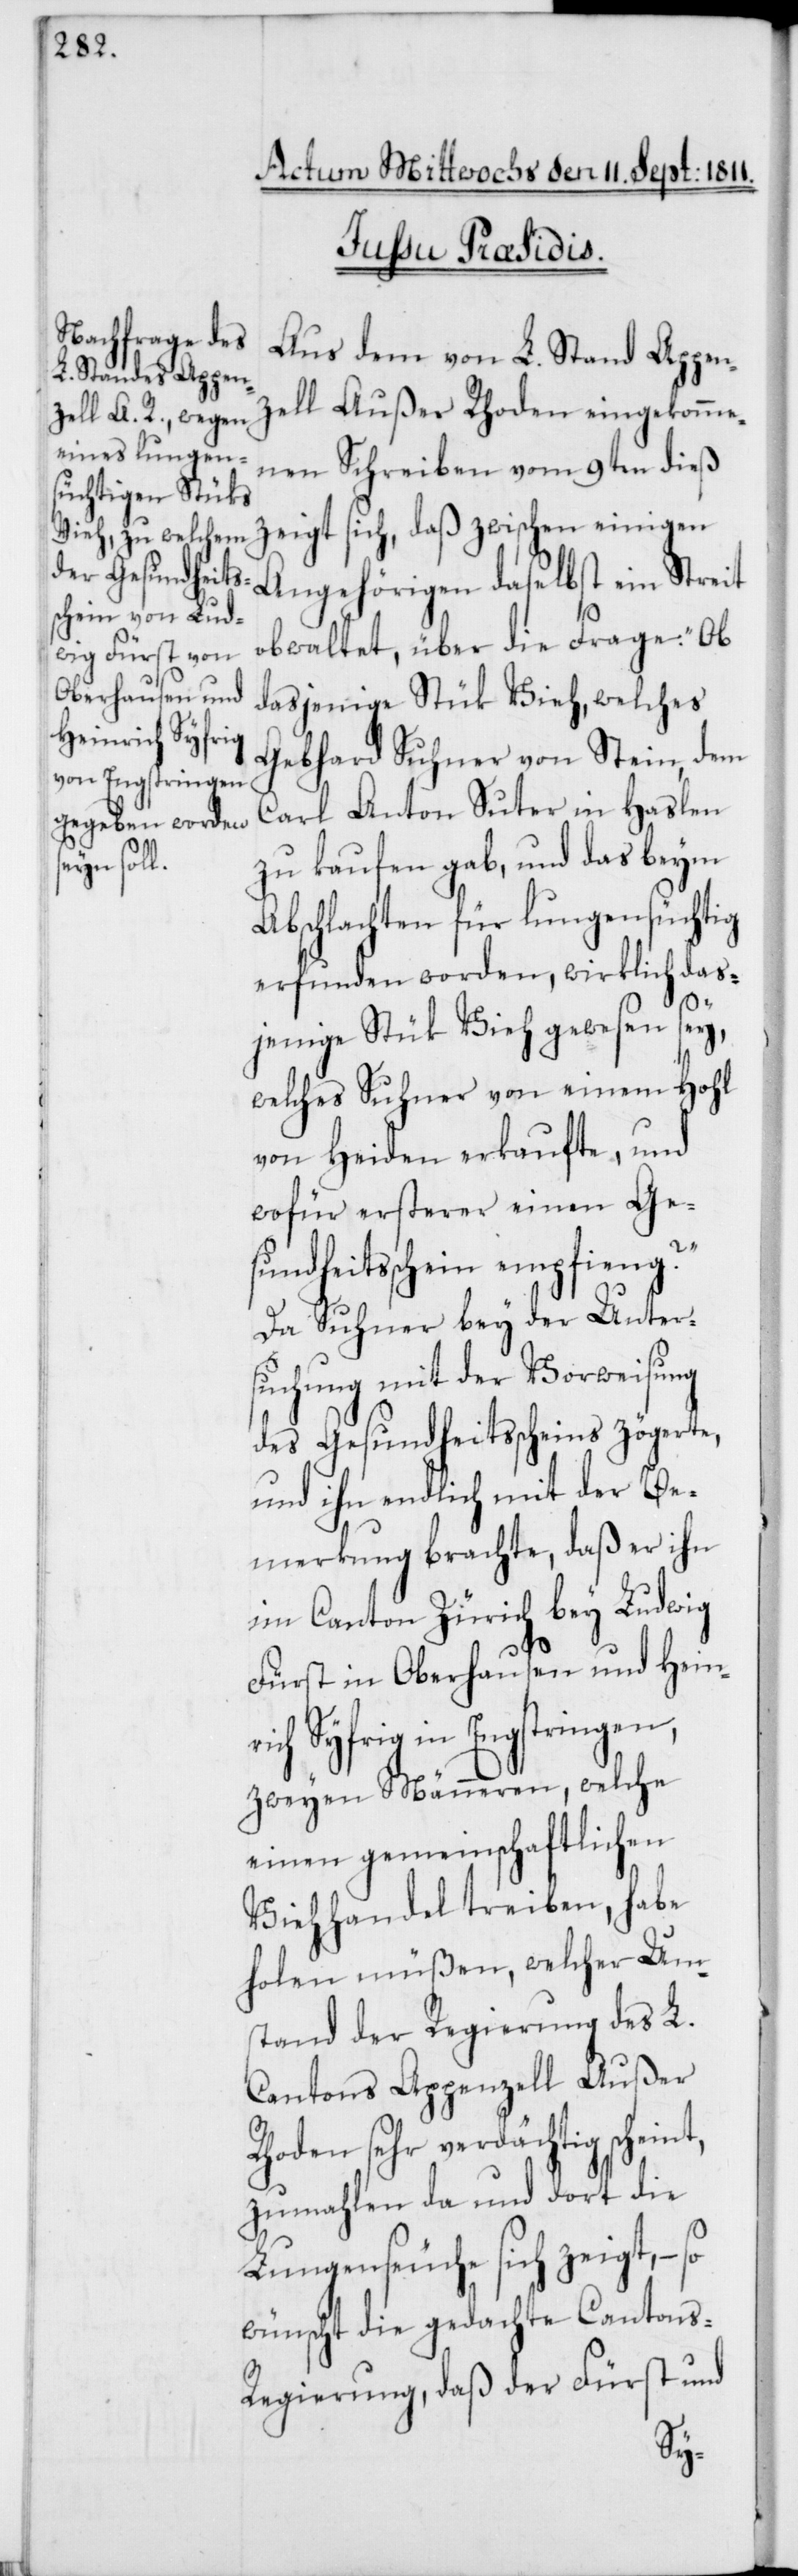
Actum Mittwochs den 11. Sept: 1811.
Iussu Præsidis.
Aus dem von L. Stand Appenz¬
ell Außer Rhoden eingekomme¬
nen Schreiben vom 9ten dieß
zeigt sich, daß zwischen einigen
Angehörigen daselbst ein Streit
obwaltet, über die Frage: „Ob
dasjenige Stük Vieh, welches
Gebhard Suhner von Stein, dem
Carl Anton Suter in Haslen
zu kaufen gab, und das beym
Abschlachten für lungensüchtig
erfunden worden, wirklich das¬
jenige Stük Vieh gewesen sey,
welches Suhner von einem Hohl
von Heiden erkaufte, und
wofür ersterer einen Ge¬
sundheitsschein empfing?“
Da Suhner bey der Unter¬
suchung mit der Vorweisung
des Gesundheitsscheins zögerte,
und ihn endlich mit der Be¬
merkung brachte, daß er ihn
im Canton Zürich bey Ludwig
Fürst in Oberhausen und Heinr¬
ich Syfrig in Engstringen,
zweyen Männeren, welche
einen gemeinschaftlichen
Viehhandel treiben, habe
stand der Regierung des L.
Cantons Appenzell Außer
Rhoden sehr verdächtig schein¬
zumahlen da und dort die
Lungenseuche sich zeigt, –
wünscht die gedachte Cantons¬
regierung, daß der Fürst und
t,